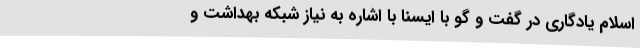
اسلام یادگاری در گفت و گو با ایسنا با اشاره به نیاز شبکه بهداشت و